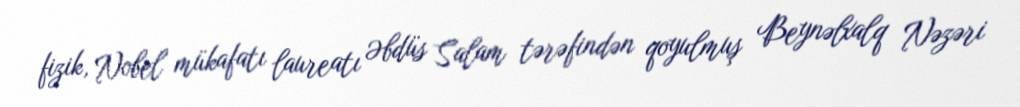
fizik, Nobel mükafatı laureatı Əbdüs Salam tərəfindən qoyulmuş Beynəlxalq Nəzəri